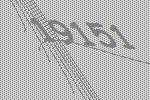
19151